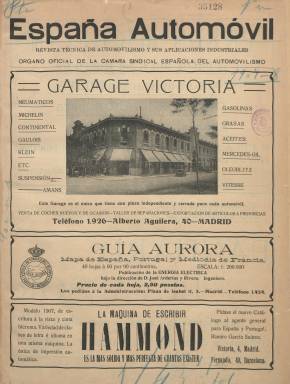
Título: España automóvil
Colección: Automovilismo || Aviación
Ámbito geográfico: Madrid
Lugar de publicación: Madrid
Fechas: 15/08/1907-30/05/1911

Aparece con el subtítulo “revista técnica de automovilismo y sus aplicaciones industriales” y como “órgano oficial” de la Cámara Sindical Española del Automovilismo, que presidía Hilario Crespo. Siguiendo la cronología trazada por López de Aguileta (2008) será la tercera publicación española especializada en esta materia, tras El Automóvil ilustrado (Barcelona: 1899 – Madrid: 1907) y la prácticamente desconocida Revista del automovilismo (1901). Publica su primer número el 15 de agosto de 1907 y su periodicidad será quincenal, apareciendo los días 15 y 30 de cada mes, en entregas, generalmente, de doce páginas, aunque algunas sean de ocho y otras superarán la veintena, compuestas a tres o cuatro columnas, con cubiertas, impresas en papel cuché y con profusión de fotograbados, dibujos, esquemas, mapas o croquis. Sus contenidos aunque se refieran a todos los aspectos del automóvil (técnicos, industriales, comerciales, deportivos y turísticos) se amplían también al transporte público y de mercancías, pero sobre todo a la aeronáutica, que en esos años también iniciaba su desarrollo tecnológico, militar, deportivo o aventurero.

En su artículo de presentación la revista da cuenta de la primera exposición del automovilismo celebrada en Madrid en el mes de mayo anterior, y señala que la escasa atención que los diarios de información general dedicaban a este fenómeno motivada la edición de una revista especializada para la divulgación del nuevo medio de transporte, enfrentándolo al del ferrocarril y exponiendo las dificultades que tenía en España, debido a la orografía de su territorio, el estado de sus carreteras y a las tarifas aduaneras y la fiscalidad que le eran aplicadas.

Es a partir de la primera entrega de 1908 cuando aparecerán indicados en su cabecera los nombres de su director, José García Benítez; redactor-jefe, Guillermo Ortega, y de su secretario de redacción, José María Samaniego, que también lo era de la Cámara Sindical Española del Automovilismo, que después ampliara también al Ciclismo. Los tres serán también los autores de un gran número de textos publicados por la revista. A partir del 15 de marzo de 1908, será también órgano oficial del Real Aero-Club de España y, desde el 30 de octubre de ese mismo año modificará el subtítulo a “revista técnica de automovilismo y aeronáutica”. También, a partir del 20 de enero de 1909, dejará de ser órgano oficial de la Cámara, para serlo también del Real Automóvil Club de España (RACE) y, más tarde, así mismo del Club Alpino Español.

Entre sus redactores y colaboradores se encontrarán el coronel y el capitán de Ingenieros Pedro Vives y Vich y Alfredo Kindelán , respectivamente; el también ingeniero militar Ricardo Moya o los así mismo ingenieros José Arderíus y Antonio Iturralde, además de Francisco F. Andreu, Eduardo de Autrán, L. Baudry de Saunier, José Fernández Zabala, Ramón González, Ricardo Goytre, José López Pinto, Alberto Oettli, Manuel O’Felan, Santiago de Paz, Carlos Resines, Francisco de P. Rojas, Ricardo Ruiz Ferry, Hipólito Ferrer, Manuel García Rivero, Eusebio Pelegrí y Fusella, Salvador Díaz-Berrio, Ramón Sánchez Arias (Rubrick), Rafael Torres Mariño, Manuel G. de Anserna, Alfonso Berget, Paul Sagon, Geo Lefebre, Leon Vallach, Louis Azais, Jean Balladeur, Albert d’Hardt, L. Marqués o el Vizconde de Almoralejo, entre otros.

Sus entregas tienen foliación continuada anual, formando cada año un tomo, para el que se confecciona un índice alfabético de voces y a veces de sumarios, reiniciando cada año la secuencia de numeración de sus entregas y de su foliación. Cada entrega comienza con un sumario, y en sus páginas dará cuenta de las actividades de la cita cámara y clubes en una sección que denomina oficial, como eran sus estatutos, memorias, resúmenes de las actas de las juntas directivas o la relación de sus socios (15 de marzo de 1908). También ofrece noticias, crónicas, reportajes y artículos no sólo de carácter técnico o mecánico o sobre la industria del comercio de la automoción en España (automóviles, camiones, autobuses, tractores y otros vehículos industriales y fábricas y talleres), si no que da cuenta de los motores, carrocerías, neumáticos, frenos o de los combustibles, de sus características y precios, así como de sus novedades o del automovilismo militar. Otra parte de sus contenidos está dedicado a congresos, exposiciones y salones (entre ellos los dedicados al turismo), a competiciones deportivas y aventureras (carreras, concursos, premios, copas, fiestas, circuitos), a accidentes, estadísticas, códigos, transporte público, conducción, escuelas y academias, así como a bibliografía y revista de revistas, haciendo todo ello extensible también a la navegación aérea (globos, aeroplanos o dirigibles, como el España) y a todos los países.

Así, dedicará especial atención a la Vuelta al mundo en automóvil (15 febrero de 1908 y 15 de enero de 1910), al general Conde de Zeppelin (15 septiembre de 1908) o a la Copa de S.M. el Rey (15 de julio de 1909), y dedicará números especiales al XI Salón del Automóvil de París (15 diciembre 1908), al I Salón de Aeronáutica (20 enero de 1909) o al Raid París-Madrid. También comenzará a publicar un suplemento con el título España deportiva, a partir del número 17 de 1910, para informar sobre fútbol, esgrima, lucha o ciclismo.

Sus páginas están plagadas de fotograbados de aeroplanos y automóviles, de los salones y stands en donde se celebran los certámenes, como el Grand Palais de París, de los retratos de los Reyes de España asistiendo a tales acontecimientos, de vistas de ciudades, carreteras, puertos, motores, talleres, fábricas o personajes relacionados directamente con este tipo de competiciones o vuelos aeronáuticos. Así mismo, es una revista con abundantes inserciones publicitarias, preferentemente de anuncios referidos al sector industrial y comercial del motor y del automóvil y al del turismo.

La última entrega de este título es la número 10, correspondiente al 30 de mayo de 1911. A partir del 15 de junio de este mismo año seguirá publicándose modificando su título: España automóvil y aeronáutica, continuando la secuencia del título precedente, y por tanto con la entrega número 11, además de continuar la foliación, título que también forma parte de la colección de la Biblioteca Nacional de España.